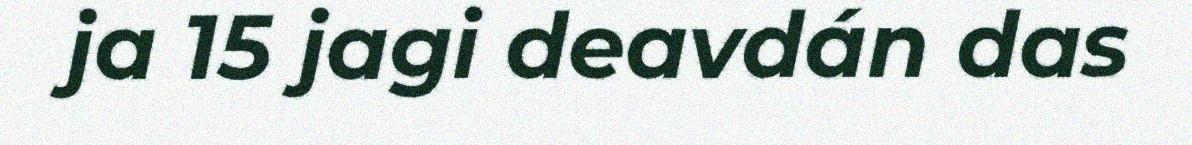
ja 15 jagi deavdán das